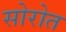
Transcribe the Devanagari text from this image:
सोरोत